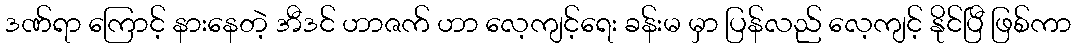
ဒဏ်ရာ ကြောင့် နားနေတဲ့ အီဒင် ဟာဇက် ဟာ လေ့ကျင့်ရေး ခန်းမ မှာ ပြန်လည် လေ့ကျင့် နိုင်ပြီ ဖြစ်ကာ